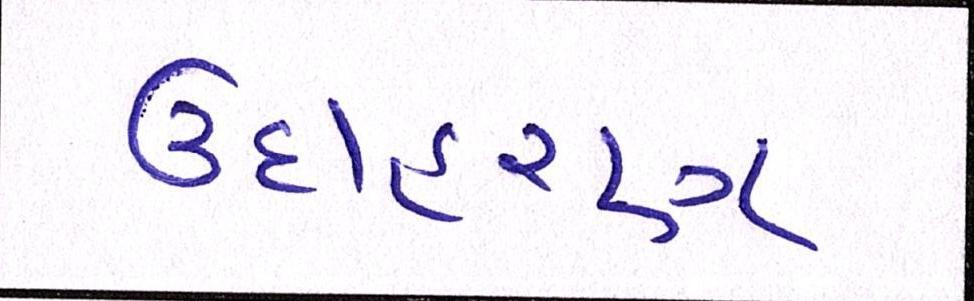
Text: ઉદાહરણ